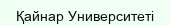
Қайнар Университеті